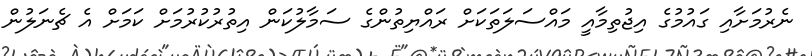
ނެރުމަށާއި ގައުމުގެ އިޖުތިމާއީ މައްސަލަތަކަށް ރައްޔިތުންގެ ސަމާލުކަން އިތުރުކުރުމަށް ކަމަށް އެ ޗެނަލުން